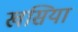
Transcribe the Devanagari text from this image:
खसिया